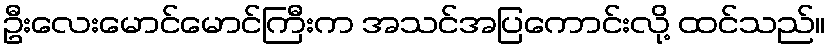
ဦးလေးမောင်မောင်ကြီးက အသင်အပြကောင်းလို့ ထင်သည်။